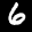
Label: 6